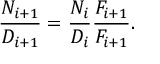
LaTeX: { \frac { N _ { i + 1 } } { D _ { i + 1 } } } = { \frac { N _ { i } } { D _ { i } } } { \frac { F _ { i + 1 } } { F _ { i + 1 } } } .